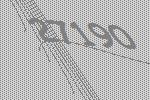
27190